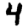
Digit: 4